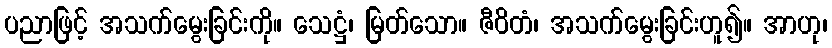
ပညာဖြင့် အသက်မွေးခြင်းကို။ သေဋ္ဌံ၊ မြတ်သော။ ဇီဝိတံ၊ အသက်မွေးခြင်းဟူ၍။ အာဟု၊